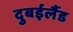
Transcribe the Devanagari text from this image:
दुबईलैंड